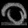
Digit: ၀